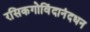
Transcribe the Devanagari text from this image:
रसिकगोविंदानंदधन